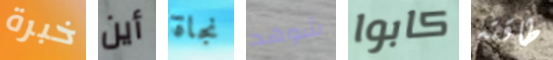
خبرة أين نجاة شوهد كابوا طاقته